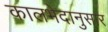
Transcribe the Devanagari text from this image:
कालभेदानुसार